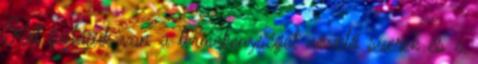
Két fajtájuk van a termékenységet növelő szerek és a